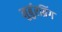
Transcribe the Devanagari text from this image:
नुर्बुरग्रिंग